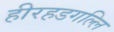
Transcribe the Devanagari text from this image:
हीरहडगल्लि